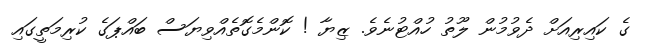
ގެ ކައިރިއަށް ދެވުމުން ލޫތު ހުއްޓުނެވެ. ޒިޔާ ! ކޮންމެގޮތެއްވިޔަސް ބައްޕަގެ ކުރިމަތީގައި